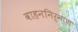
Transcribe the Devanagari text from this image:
वाहननिर्माण